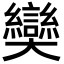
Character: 奱